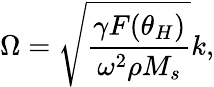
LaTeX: \Omega=\sqrt\frac{\gamma F(\theta_{H})}{\omega^{2}\rho M_{s}}k,